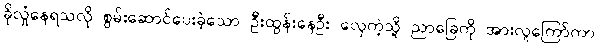
ခိုလှုံနေရသလို စွမ်းဆောင်ပေးခဲ့သော ဦးထွန်းနေဦး လှေကဲ့သို့ ညာခြေကို အားလူကြော်ကာ